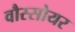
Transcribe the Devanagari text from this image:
वौस्सोयर